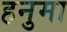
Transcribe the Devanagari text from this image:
हनुमा